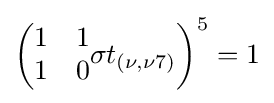
\left({\begin{matrix}1&1\\1&0\end{matrix}}\sigma t_{(\nu ,\nu 7)}\right)^{5}=1